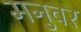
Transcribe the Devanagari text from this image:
मनुवर